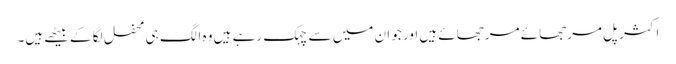
اکثر پل مرجھائے مرجھائے ہیں اور جو ان میں سے چہک رہے ہیں وہ الگ ہی محفل لگا کے بیٹھے ہیں۔